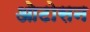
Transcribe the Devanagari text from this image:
ओटोसन